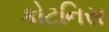
કોટનિસ